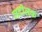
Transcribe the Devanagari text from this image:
जटीलक